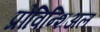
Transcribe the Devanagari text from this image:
प्रोविन्शिअल